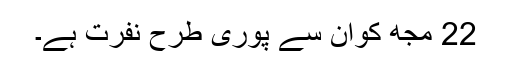
22 مجھ کواُن سے پوری طرح نفرت ہے۔